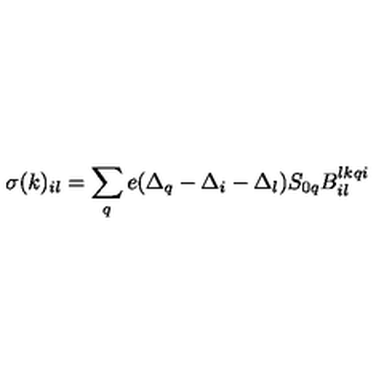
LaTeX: \sigma ( k ) _ { i l } = \sum _ { q } e ( \Delta _ { q } - \Delta _ { i } - \Delta _ { l } ) S _ { 0 q } B _ { i l } ^ { l k q i }